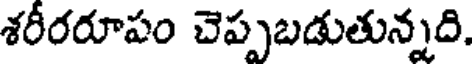
శరీరరూపం చెప్పబడుతున్నది.